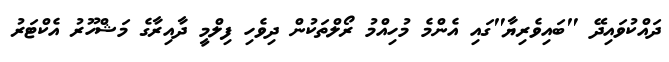
ދައްކުވައިދޭ "ބައިވެރިޔާ"ގައި އެންމެ މުހިއްމު ރޯލްތަކުން ދިވެހި ފިލްމީ ދާއިރާގެ މަޝްހޫރު އެކްޓަރު